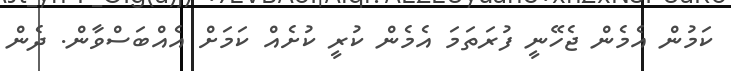
ކަމުން އެމެން ޖެހޭނީ ފުރަތަމަ އެމެން ކުރީ ކުށެއް ކަަމަށް އެއްބަސްވާން. ދެން